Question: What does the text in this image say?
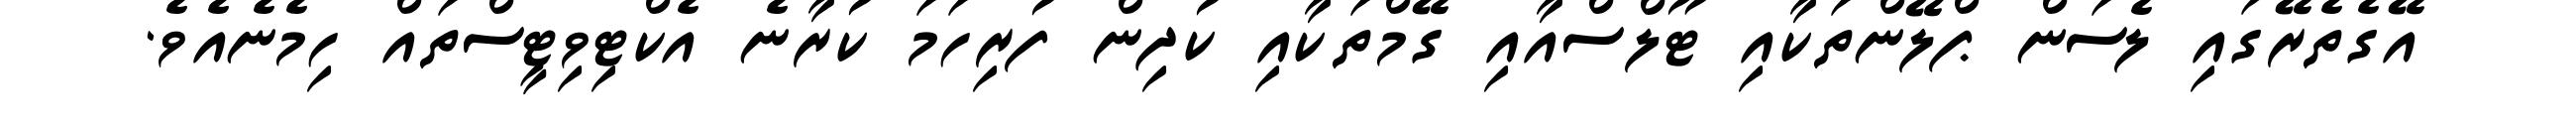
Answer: އޭގެތެރޭގައި ލެސަން ޕްލޭންތަކާއި ޓޫލްސްއާއި ގޭމްތަކާއި ކުދިން ފުރިހަމަ ކުރާނެ އެކްޓިވިޓީސްތައް ހިމެނެއެވެ.